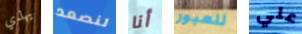
يهذي لنصعد أنا للعبور علي